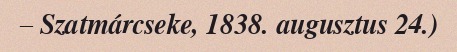
– Szatmárcseke, 1838. augusztus 24.)